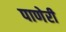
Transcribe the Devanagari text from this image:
पाणेरी